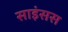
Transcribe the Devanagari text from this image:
साइंसस